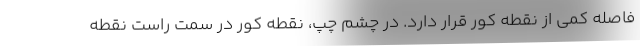
فاصله کمی از نقطه کور قرار دارد. در چشم چپ، نقطه کور در سمت راست نقطه